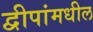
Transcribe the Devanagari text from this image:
द्वीपांमधील